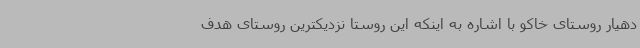
دهیار روستای خاکو با اشاره به اینکه این روستا نزدیکترین روستای هدف